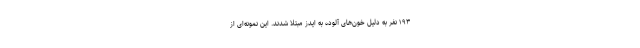
۱۹۳ نفر به دلیل خون‌های آلوده به ایدز مبتلا شدند. این نمونه‌ای از